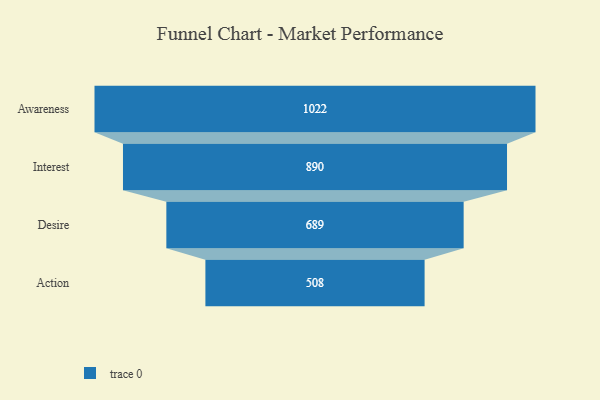
{"axis": {"x": "Stage", "y": "Value"}, "legend": [""], "data": [{"x": "Awareness", "y": 1022.0, "type": ""}, {"x": "Interest", "y": 890.0, "type": ""}, {"x": "Desire", "y": 689.0, "type": ""}, {"x": "Action", "y": 508.0, "type": ""}]}